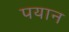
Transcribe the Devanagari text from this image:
पयान